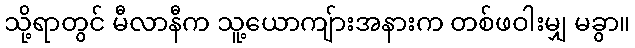
သို့ရာတွင် မီလာနီက သူ့ယောကျ်ားအနားက တစ်ဖဝါးမျှ မခွာ။